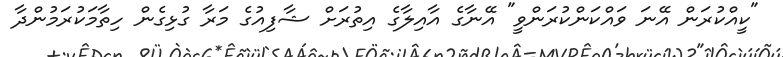
"ކީއްކުރަން އޭނަ ވައްކަންކުރަންވީ" އޭނާގެ އާއިލާގެ އިތުރަށް ޝާފިއުގެ މަރާ ގުޅިގެން ހިތާމަކުރަމުންދާ